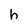
Character: h